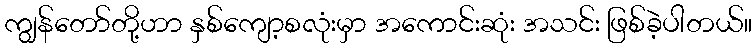
ကျွန်တော်တို့ဟာ နှစ်ကျော့စလုံးမှာ အကောင်းဆုံး အသင်း ဖြစ်ခဲ့ပါတယ်။